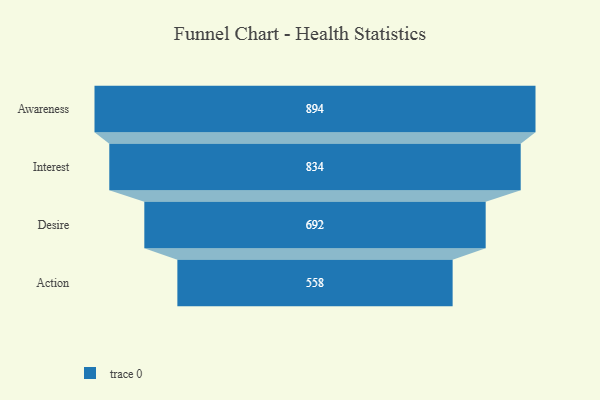
{"axis": {"x": "Stage", "y": "Value"}, "legend": [""], "data": [{"x": "Awareness", "y": 894.0, "type": ""}, {"x": "Interest", "y": 834.0, "type": ""}, {"x": "Desire", "y": 692.0, "type": ""}, {"x": "Action", "y": 558.0, "type": ""}]}